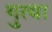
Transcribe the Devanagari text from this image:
गुत्या